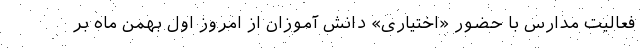
فعالیت مدارس با حضور «اختیاری» دانش آموزان از امروز اول بهمن ماه بر